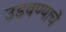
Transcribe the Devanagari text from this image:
उडवण्याचे